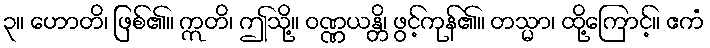
၃။ ဟောတိ၊ ဖြစ်၏။ ဣတိ၊ ဤသို့။ ဝဏ္ဏယန္တိ၊ ဖွင့်ကုန်၏။ တသ္မာ၊ ထို့ကြောင့်။ ဧကံ